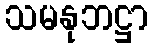
သမနုဘဋ္ဌာ